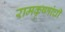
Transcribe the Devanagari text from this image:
रामकृष्णांची